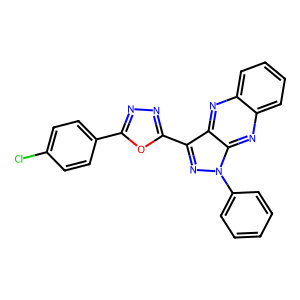
SMILES: Clc1ccc(-c2nnc(-c3nn(-c4ccccc4)c4nc5ccccc5nc34)o2)cc1
Inhibits HIV replication: No